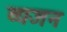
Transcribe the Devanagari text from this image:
व्यजन